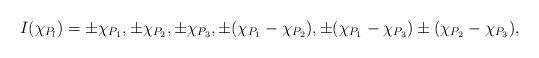
LaTeX: \begin{align*}I(\chi_{P_l})=\pm\chi_{P_1},\pm\chi_{P_2},\pm\chi_{P_3},\pm(\chi_{P_1}-\chi_{P_2}),\pm(\chi_{P_1}-\chi_{P_3})\pm(\chi_{P_2}-\chi_{P_3}),\end{align*}